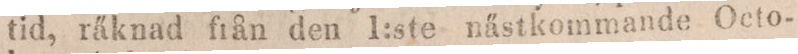
tid, räknad frn den 1:ste nästkommande Octo-